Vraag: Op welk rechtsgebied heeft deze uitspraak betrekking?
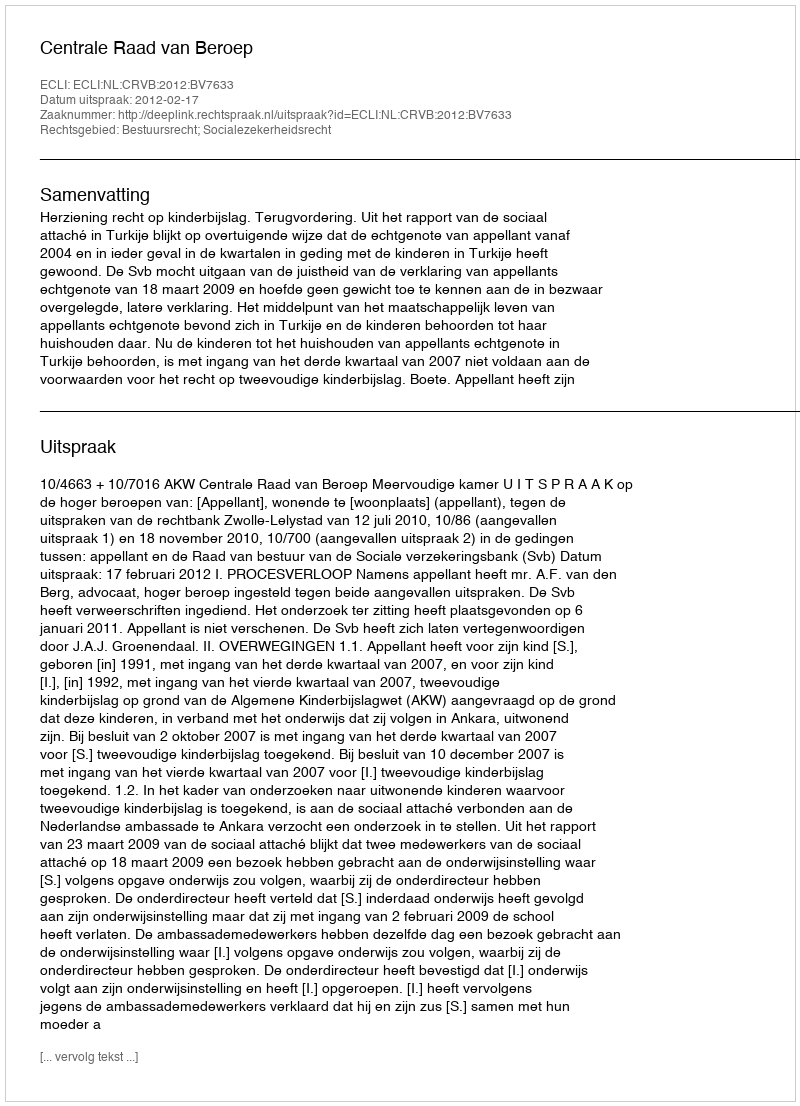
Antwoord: Bestuursrecht; Socialezekerheidsrecht